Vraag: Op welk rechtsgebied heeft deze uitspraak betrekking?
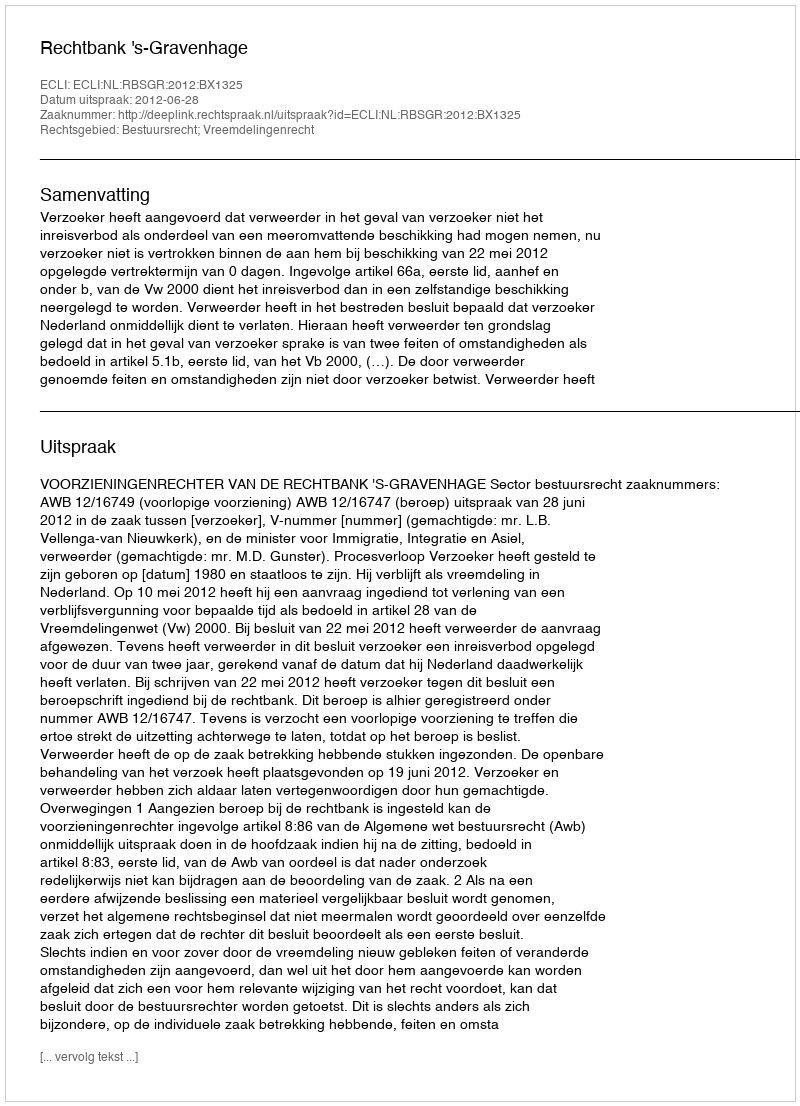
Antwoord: Bestuursrecht; Vreemdelingenrecht